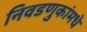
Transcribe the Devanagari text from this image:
निवडणुकांमधे